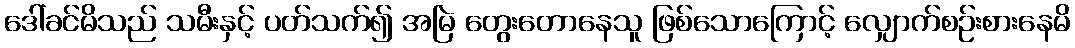
ဒေါ်ခင်မိသည် သမီးနှင့် ပတ်သက်၍ အမြဲ တွေးတောနေသူ ဖြစ်သောကြောင့် လျှောက်စဉ်းစားနေမိ